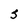
Character: S